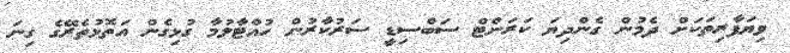
ވިޔަފާރިތަކަށް ދެމުން ގެންދިޔަ ކަރަންޓް ސަބްސިޑީ ސަރުކާރުން ހުއްޓާލުމާ ގުޅިގެން އަތޮޅުތެރޭގެ ގިނަ